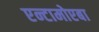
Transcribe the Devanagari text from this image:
एन्टामोएबा